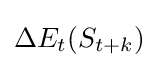
{{\Delta }E_{t}(S_{t+k})}